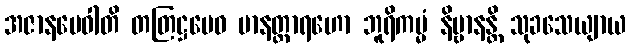
အဇာနမေဝါတိ တတြဋ္ဌမေဝ မာနတ္တာရဟော ဘူရိကမ္မံ နိဗ္ဗာနန္တိ သုခသေယျာယ